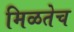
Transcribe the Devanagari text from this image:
मिळतेच